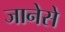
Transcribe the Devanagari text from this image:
जानेसे